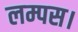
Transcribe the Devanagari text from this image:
लम्पस।